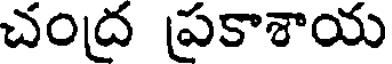
చంద్ర ప్రకాశాయ